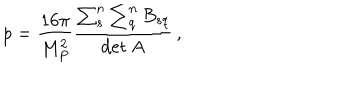
p = \frac { 1 6 \pi } { M _ { P } ^ { 2 } } \frac { \sum _ { s } ^ { n } \sum _ { q } ^ { n } B _ { s q } } { \sum _ { s } ^ { n } \sum _ { q } ^ { n } B _ { s q } } { d e t ~ A } \, ,